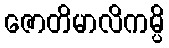
ဇောတိမာလိကမ္ပိ